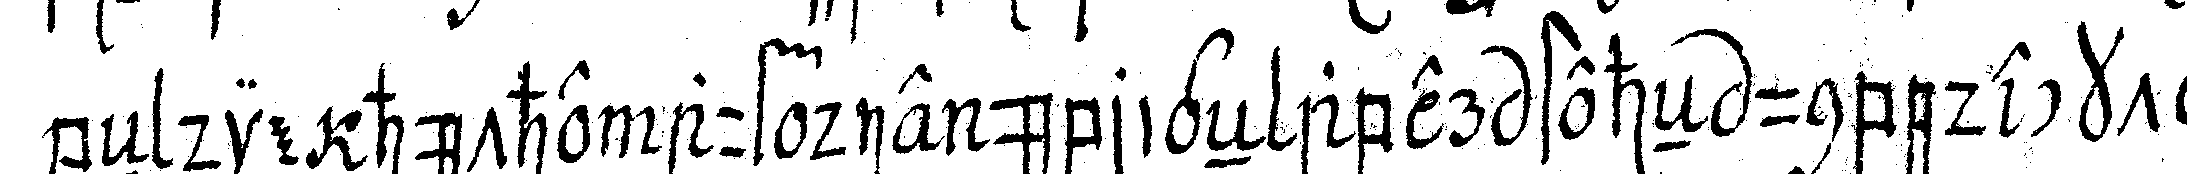
beN die hüthe auf die übrigeN aber steheN unbedeckt